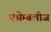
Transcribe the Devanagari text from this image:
एसेम्बलीज